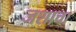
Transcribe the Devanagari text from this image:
जशाचा